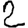
Digit: 2